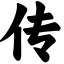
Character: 传